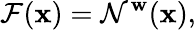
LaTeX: \mathcal{F}(\mathbf{x})=\mathcal{N}^{\mathbf{w}}(\mathbf{x}),